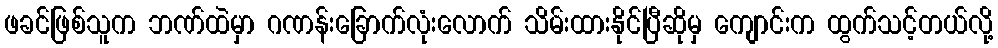
ဖခင်ဖြစ်သူက ဘဏ်ထဲမှာ ဂဏန်းခြောက်လုံးလောက် သိမ်းထားနိုင်ပြီဆိုမှ ကျောင်းက ထွက်သင့်တယ်လို့